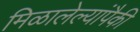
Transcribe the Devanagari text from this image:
मिळालेल्यांपैकी